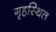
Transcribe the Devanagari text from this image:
गृहस्थित